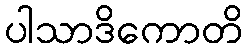
ပါသာဒိကောတိ